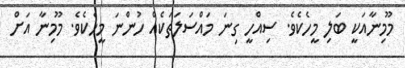
މޫމިނާއަކީ ބަލި މީހެކެވެ. ސިއްހީ ގިނަ މައްސަލަތަކެއް ހުންނަ މީހެކެވެ. މޫމިނާ އަށް